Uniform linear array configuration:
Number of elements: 8
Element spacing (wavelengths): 1
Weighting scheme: hamming
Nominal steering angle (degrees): -45
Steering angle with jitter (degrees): -45.574
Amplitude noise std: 0.05
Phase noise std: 0.05

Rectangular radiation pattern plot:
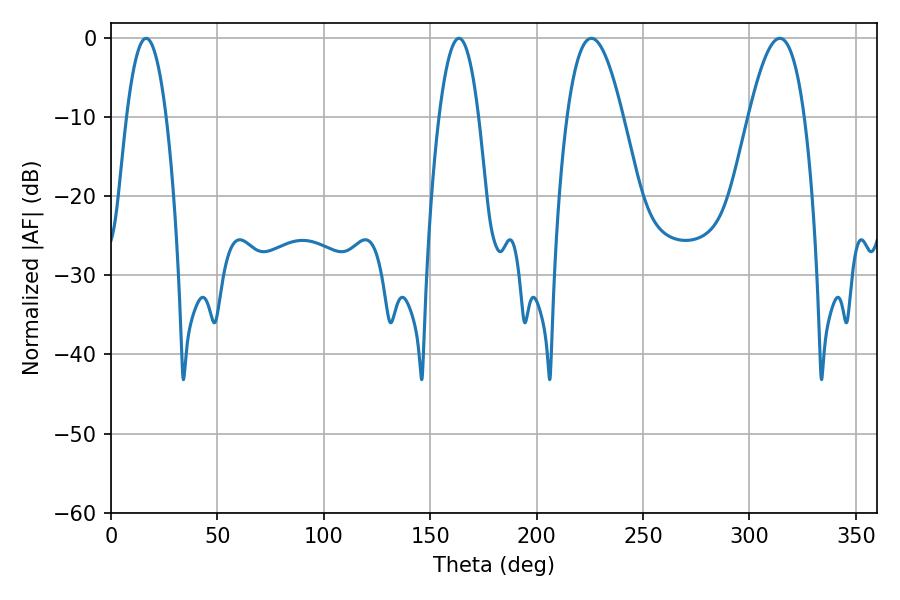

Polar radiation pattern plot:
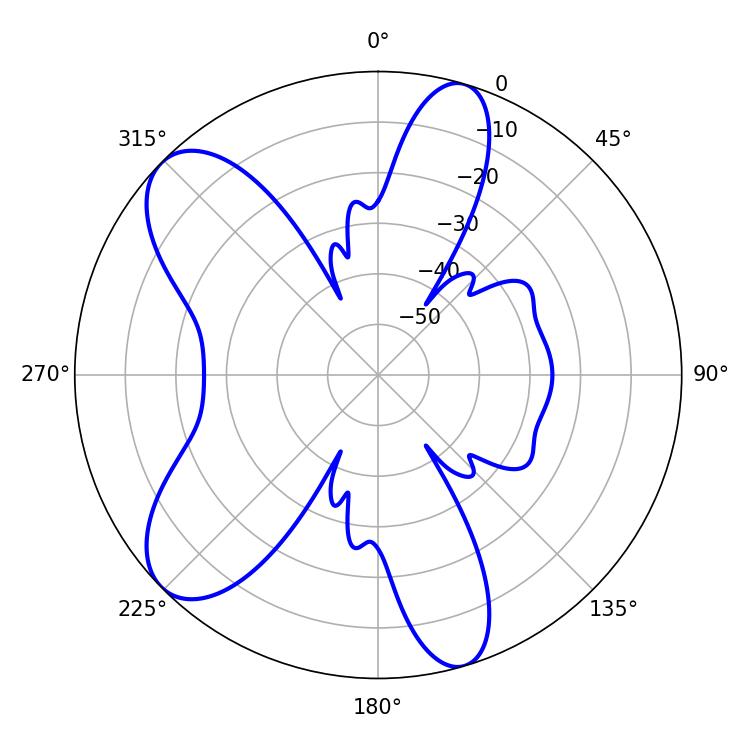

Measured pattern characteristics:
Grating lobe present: TRUE
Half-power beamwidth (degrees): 14.4
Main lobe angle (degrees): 225.72